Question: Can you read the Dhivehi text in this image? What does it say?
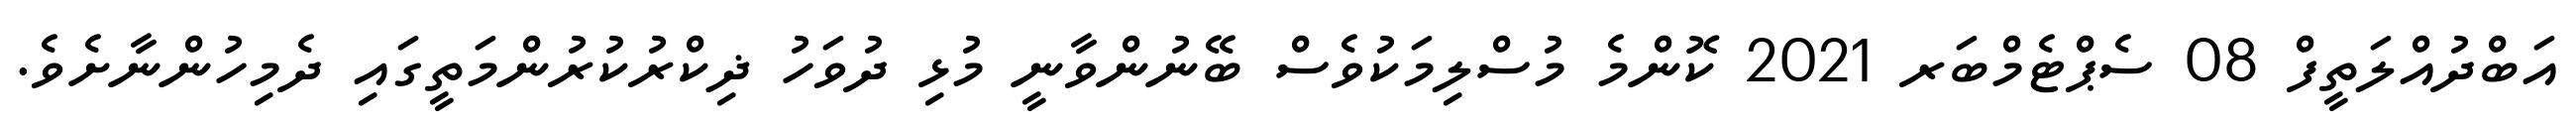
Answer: އަބްދުއްލަތީފް 08 ސެޕްޓެމްބަރ 2021 ކޮންމެ މުސްލިމަކުވެސް ބޭނުންވާނީ މުޅި ދުވަހު ޛިކްރުކުރުންމަތީގައި ދެމިހުންނާށެވެ.